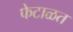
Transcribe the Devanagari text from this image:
फेटाळत